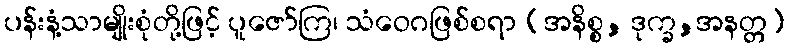
ပန်းနံ့သာမျိုးစုံတို့ဖြင့် ပူဇော်ကြ၊ သံဝေဂဖြစ်စရာ (အနိစ္စ, ဒုက္ခ,အနတ္တ)